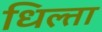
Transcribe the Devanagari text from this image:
धिल्ता